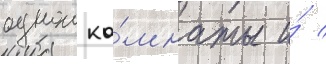
однои ко́мнаты и́ /